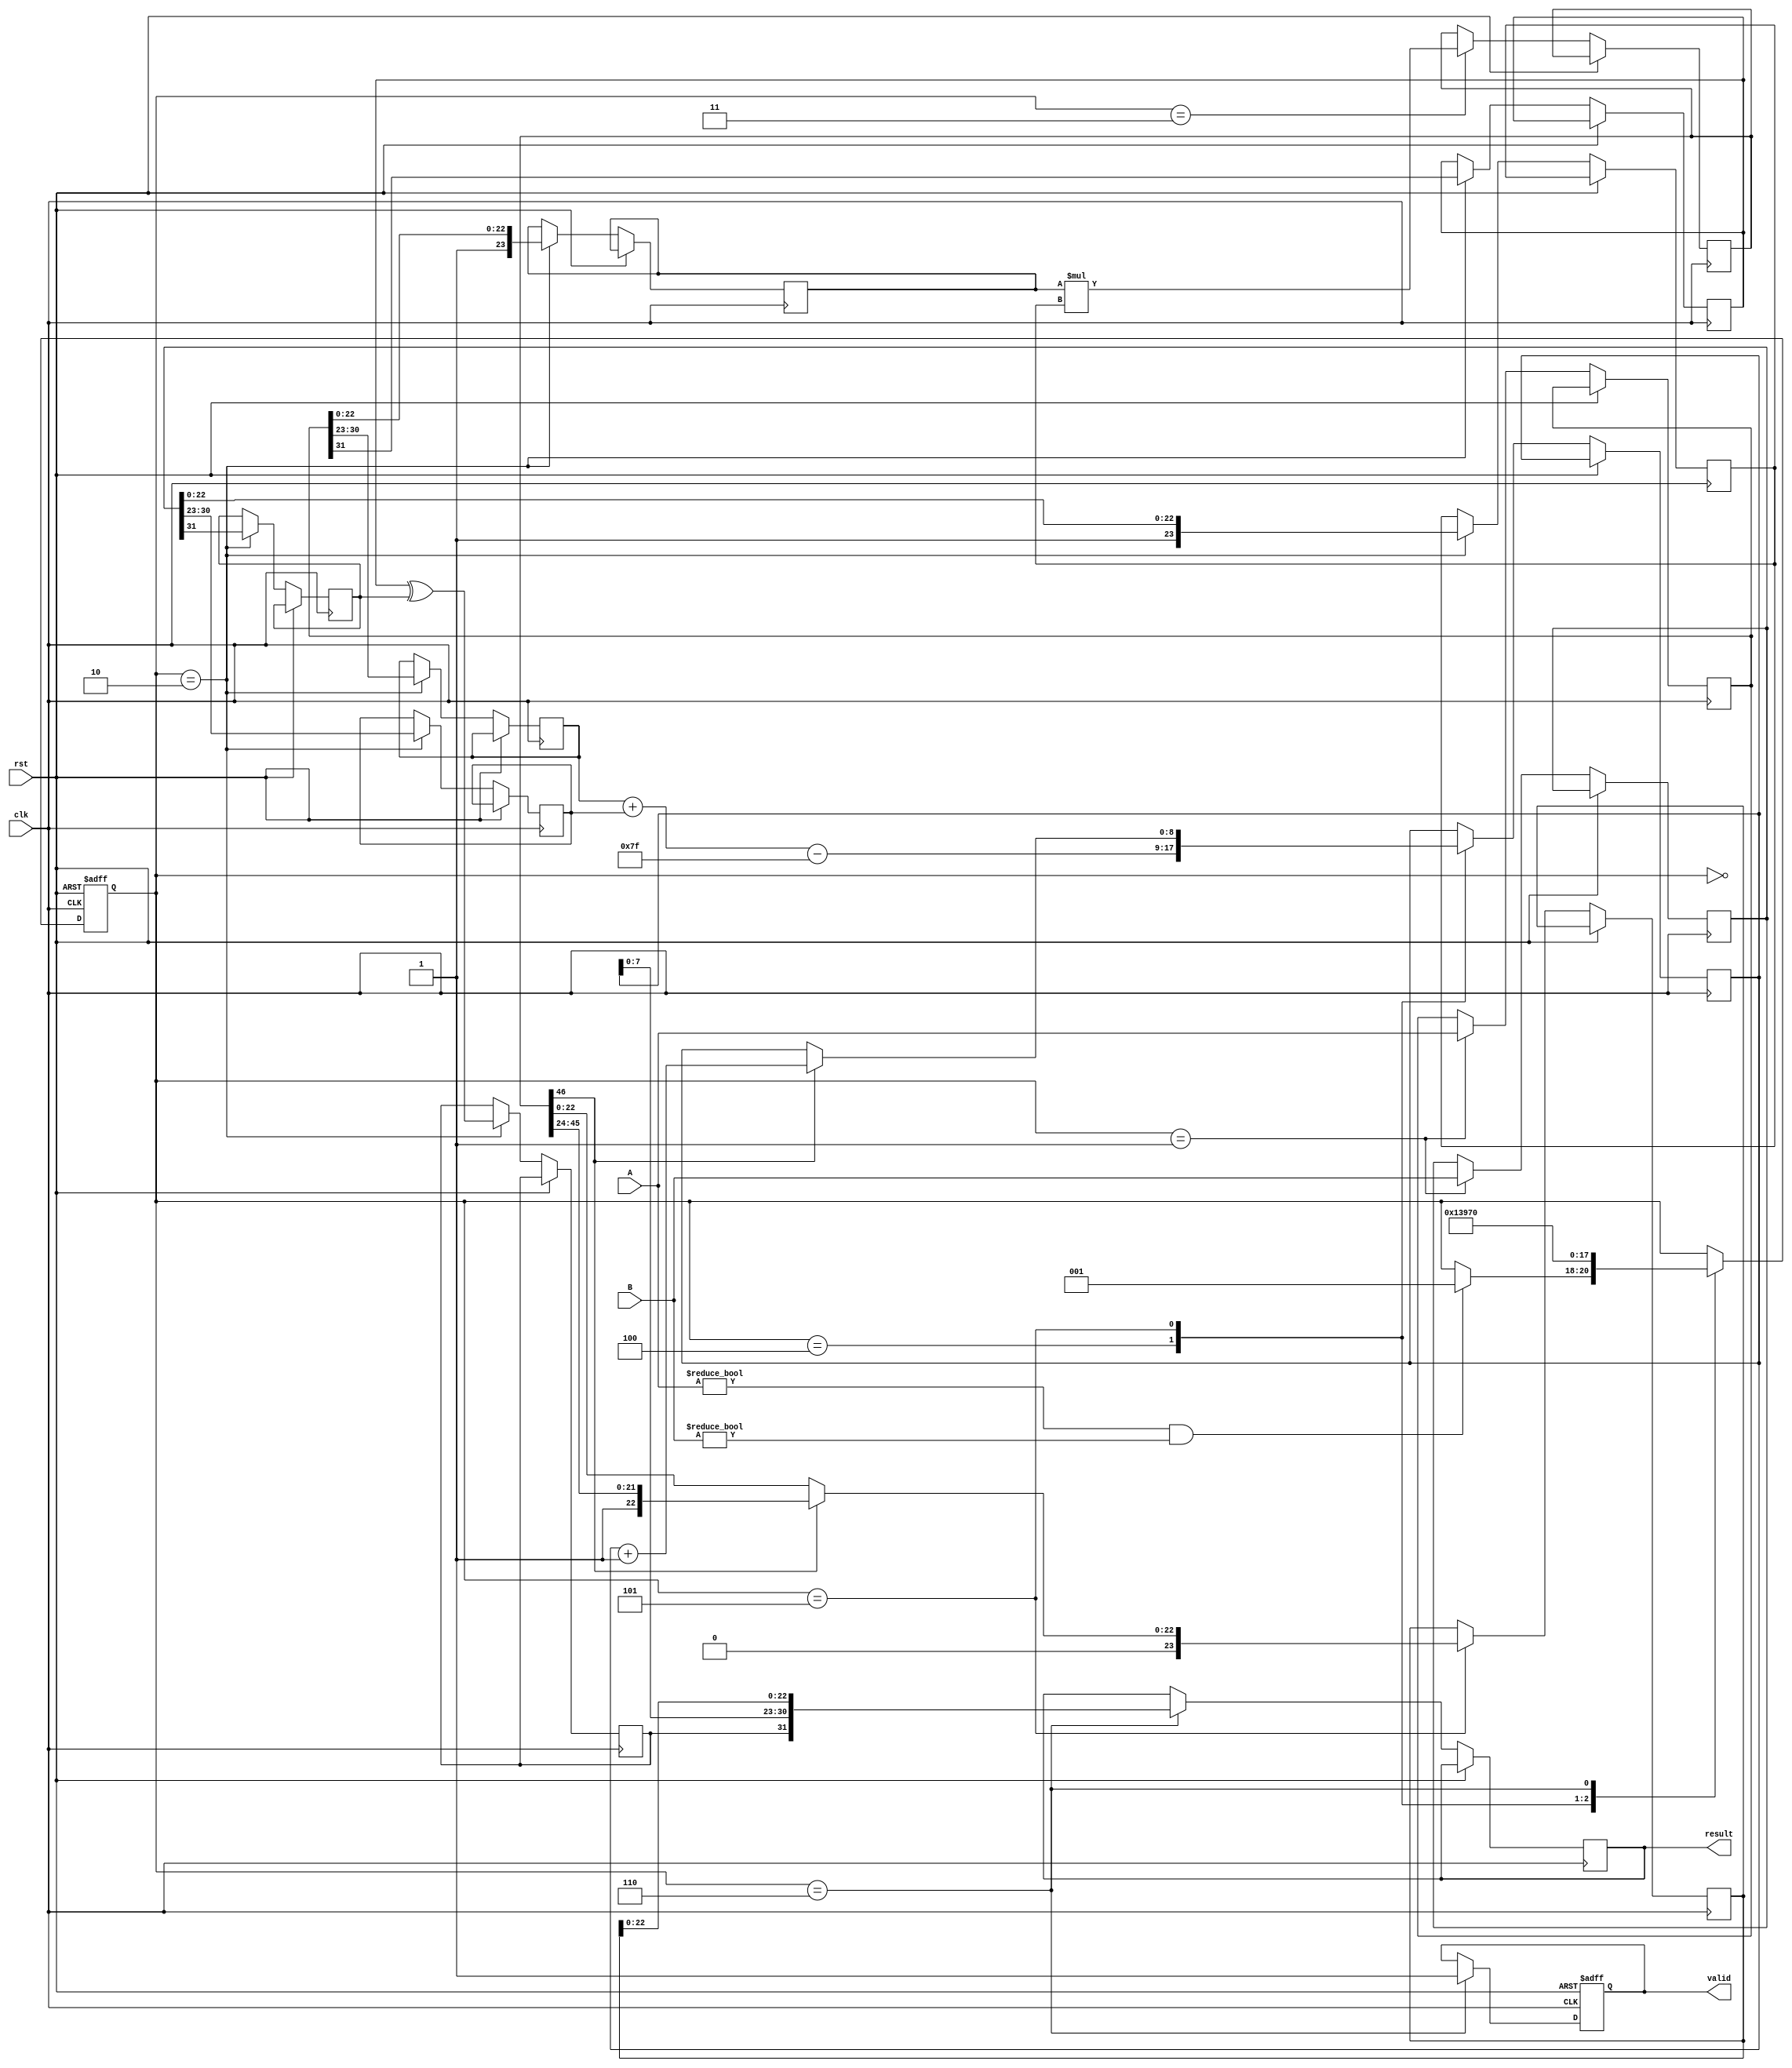
module pipelined_fp_multiplier (
    input clk,
    input rst,
    input [31:0] A, // Input floating-point number A
    input [31:0] B, // Input floating-point number B
    output reg [31:0] result, // Output floating-point result
    output reg valid // Output valid signal
);

    // Constants
    localparam BIAS = 127;
    localparam EXPONENT_BITS = 8;
    localparam MANTISSA_BITS = 23;
    localparam TOTAL_BITS = 32;

    // Pipeline registers
    reg [31:0] A_reg, B_reg; // Stage 1
    reg sign_a, sign_b, sign_result; // Stage 2
    reg [EXPONENT_BITS-1:0] exp_a, exp_b, exp_result; // Stage 2
    reg [MANTISSA_BITS:0] mant_a, mant_b, mant_result; // Stage 3
    reg [MANTISSA_BITS*2:0] mant_mult; // Stage 3
    reg [EXPONENT_BITS:0] exp_sum; // Stage 4

    // Control signals
    reg [2:0] state; // FSM state
    localparam IDLE = 3'b000, INPUT = 3'b001, DECOMPOSE = 3'b010, MANTISSA_MULT = 3'b011, EXP_CALC = 3'b100, NORMALIZE = 3'b101, OUTPUT = 3'b110;

    // State machine for controlling the pipeline
    always @(posedge clk or posedge rst) begin
        if (rst) begin
            state <= IDLE;
            valid <= 0;
        end else begin
            case (state)
                IDLE: begin
                    if (A != 0 && B != 0) begin
                        state <= INPUT;
                    end
                end
                INPUT: begin
                    A_reg <= A;
                    B_reg <= B;
                    state <= DECOMPOSE;
                end
                DECOMPOSE: begin
                    sign_a <= A_reg[31];
                    sign_b <= B_reg[31];
                    exp_a <= A_reg[30:23];
                    exp_b <= B_reg[30:23];
                    mant_a <= {1'b1, A_reg[22:0]}; // Implicit leading 1
                    mant_b <= {1'b1, B_reg[22:0]}; // Implicit leading 1
                    sign_result <= sign_a ^ sign_b; // XOR for sign
                    state <= MANTISSA_MULT;
                end
                MANTISSA_MULT: begin
                    mant_mult <= mant_a * mant_b; // Multiply mantissas
                    state <= EXP_CALC;
                end
                EXP_CALC: begin
                    exp_sum <= exp_a + exp_b - BIAS; // Add exponents and adjust for bias
                    state <= NORMALIZE;
                end
                NORMALIZE: begin
                    // Normalize mantissa if necessary
                    if (mant_mult[MANTISSA_BITS*2]) begin
                        mant_result <= mant_mult[MANTISSA_BITS*2:MANTISSA_BITS+1]; // Shift right
                        exp_sum <= exp_sum + 1; // Increment exponent
                    end else begin
                        mant_result <= mant_mult[MANTISSA_BITS-1:0]; // No shift
                    end
                    state <= OUTPUT;
                end
                OUTPUT: begin
                    result <= {sign_result, exp_sum[EXPONENT_BITS-1:0], mant_result[MANTISSA_BITS-1:0]};
                    valid <= 1; // Indicate valid output
                    state <= IDLE; // Go back to idle
                end
            endcase
        end
    end

endmodule